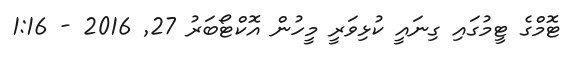
ޓޮމްގެ ޓީމުގައި ގިނައީ ކުޅިވަރީ މީހުން އޮކްޓޯބަރު 27